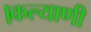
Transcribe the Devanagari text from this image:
।कल्याणी